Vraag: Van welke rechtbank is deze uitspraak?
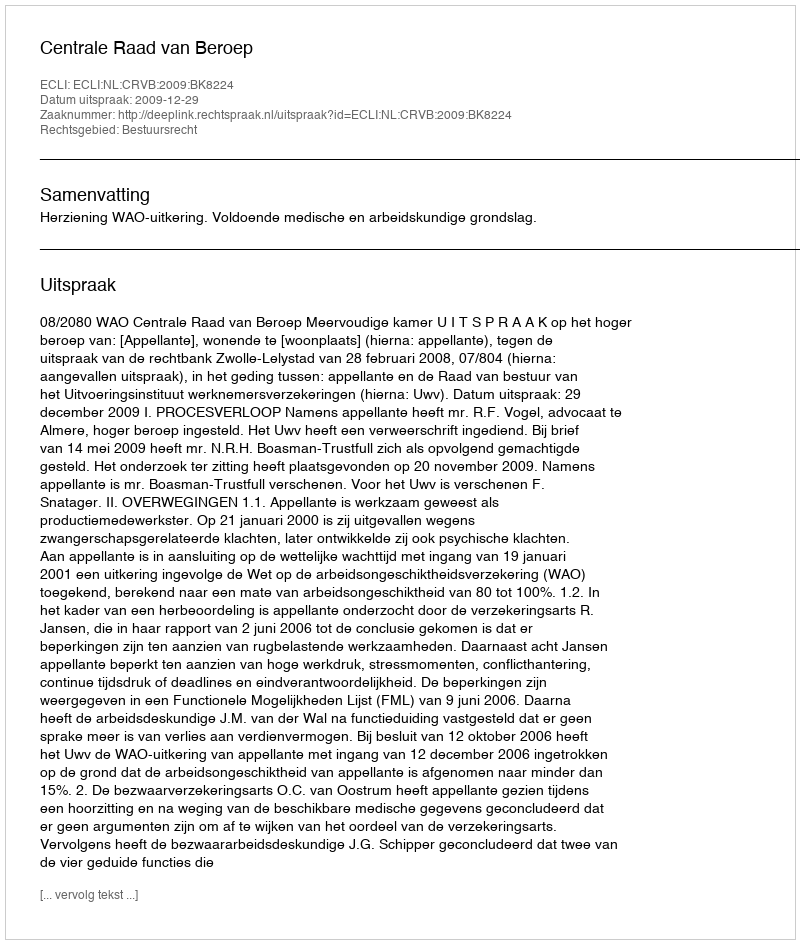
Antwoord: Centrale Raad van Beroep